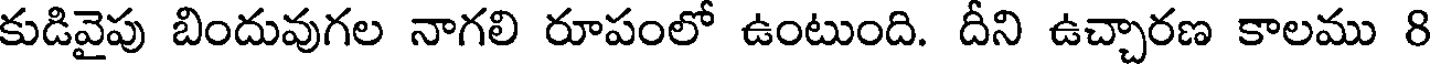
కుడివైపు బిందువుగల నాగలి రూపంలో ఉంటుంది. దీని ఉచ్చారణ కాలము 8